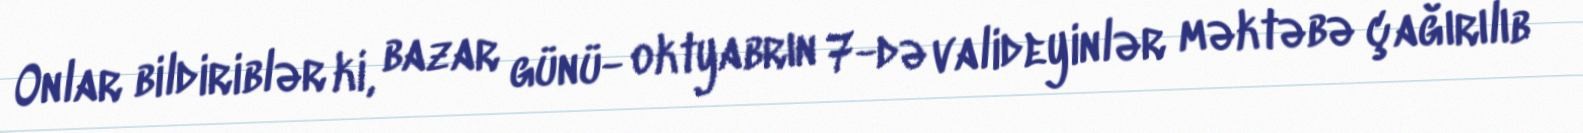
Onlar bildiriblər ki, bazar günü- oktyabrın 7-də valideyinlər məktəbə çağırılıb